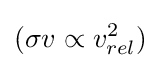
(\sigma v\propto v_{rel}^{2})